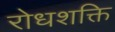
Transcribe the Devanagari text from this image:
रोधशक्ति